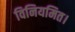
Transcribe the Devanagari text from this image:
विनियमित।